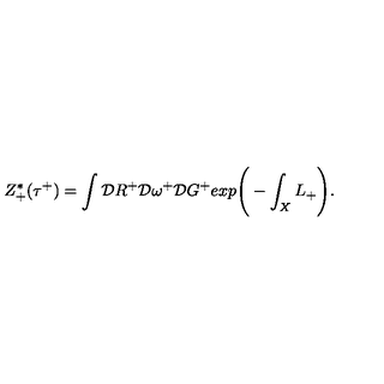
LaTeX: Z _ { + } ^ { * } ( \tau ^ { + } ) = \int { \cal D } R ^ { + } { \cal D } \omega ^ { + } { \cal D } G ^ { + } e x p \Bigg ( - \int _ { X } L _ { + } \Bigg ) .